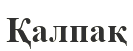
Қалпақ